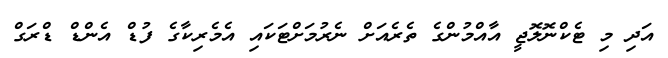
އަދި މި ޓެކްނޮލޮޖީ އާއްމުންގެ ތެރެއަށް ނެރުމަށްޓަކައި އެމެރިކާގެ ފުޑް އެންޑް ޑްރަގް